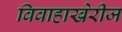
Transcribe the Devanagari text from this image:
विवाहाखेरीज